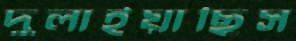
দুলাইয়াছিস